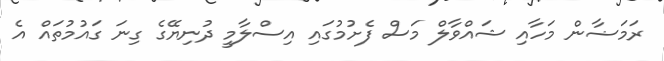
ރަމަޟާން މަހާއި ޝައްވާލް މަސް ފެށުމުގައި އިސްލާމީ ދުނިޔޭގެ ގިނަ ގައުމުތައް އެ